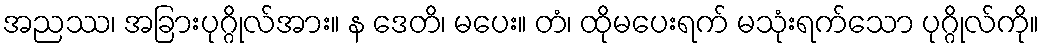
အညဿ၊ အခြားပုဂ္ဂိုလ်အား။ န ဒေတိ၊ မပေး။ တံ၊ ထိုမပေးရက် မသုံးရက်သော ပုဂ္ဂိုလ်ကို။